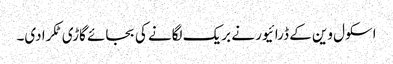
اسکول وین کے ڈرائیور نے بریک لگانے کی بجائے گاڑی ٹکرادی۔